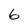
Character: 6